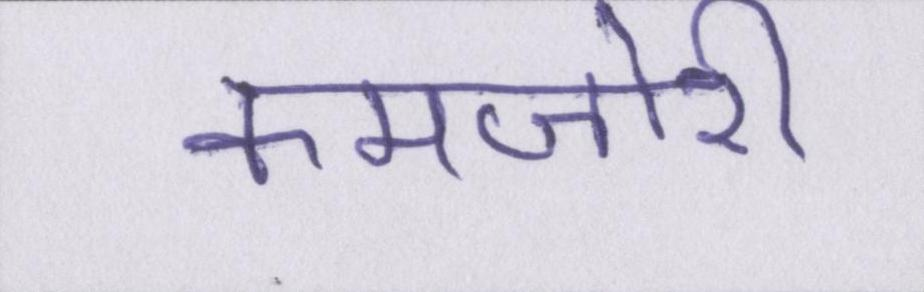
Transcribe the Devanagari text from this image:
कमजोरी